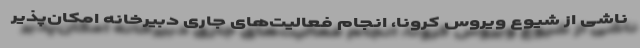
ناشی از شیوع ویروس کرونا، انجام فعالیت‌های جاری دبیرخانه امکان‌پذیر